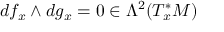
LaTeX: d f _ { x } \wedge d g _ { x } = 0 \in \Lambda ^ { 2 } ( T _ { x } ^ { * } M )